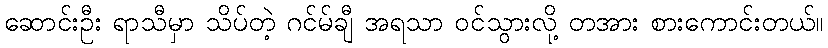
ဆောင်းဦး ရာသီမှာ သိပ်တဲ့ ဂင်မ်ချီ အရသာ ဝင်သွားလို့ တအား စားကောင်းတယ်။